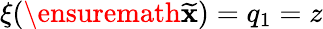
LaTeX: \xi(\ensuremath{{\widetilde{\mathbf{x}}}})=q_{1}=z